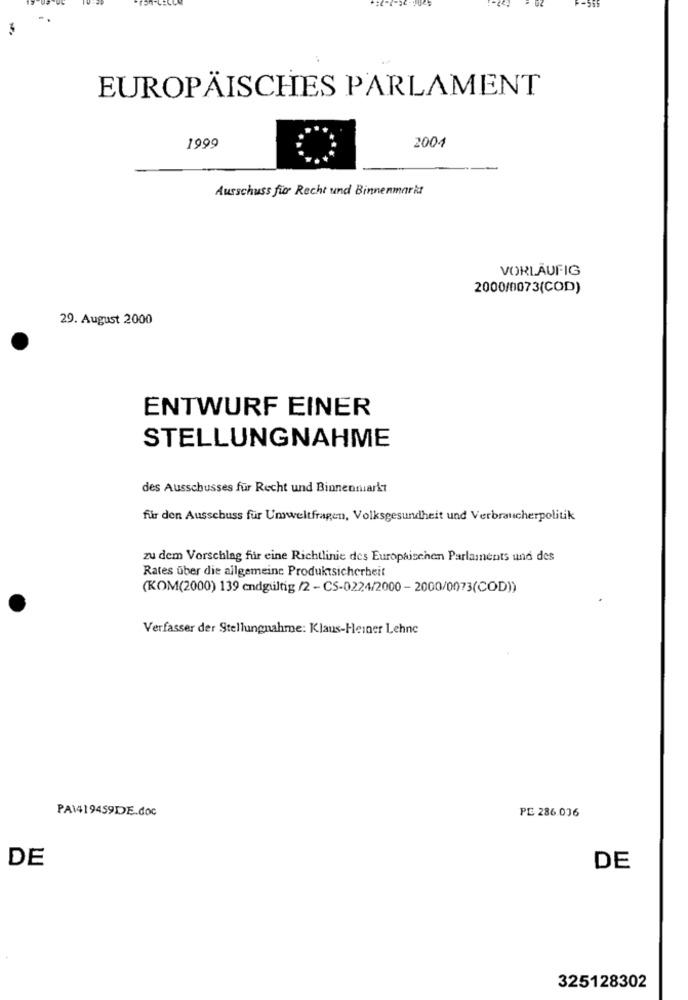
EUROPÄISCHES PARLAMENT
1999
2004
Ausschuss für Recht und Binnenmarkt
VORLÄUFIG
2000/0073(COD)
29. August 2000
ENTWURF EINER
STELLUNGNAHME
des Ausschusses für Recht und Binnenmarkt
für den Ausschuss für Umweltfragen, Volksgesundheit und Verbraucherpolitik
zu dem Vorschlag für eine Richtlinie des Europaischen Parlaments und des
Rates über die allgemeine Produktsicherheit
(KOM(2000) 139 endgültig /2 - CS-0224/2000 - 2000/0073(COD))
Verfasser der Stellungnahme: Klaus-Heiner Lehne
PA1419459DE.doc
PE 286.036
DE
DE
325128302